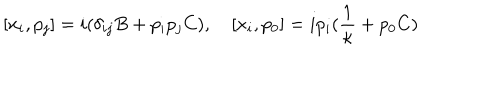
[ x _ { i } , p _ { j } ] = i ( \delta _ { i j } B + p _ { i } p _ { j } C ) , \quad [ x _ { i } , p _ { 0 } ] = i p _ { i } ( \frac { 1 } { \kappa } + p _ { 0 } C )